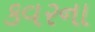
કવરના